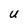
Character: U